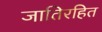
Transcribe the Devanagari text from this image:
जातिरहित